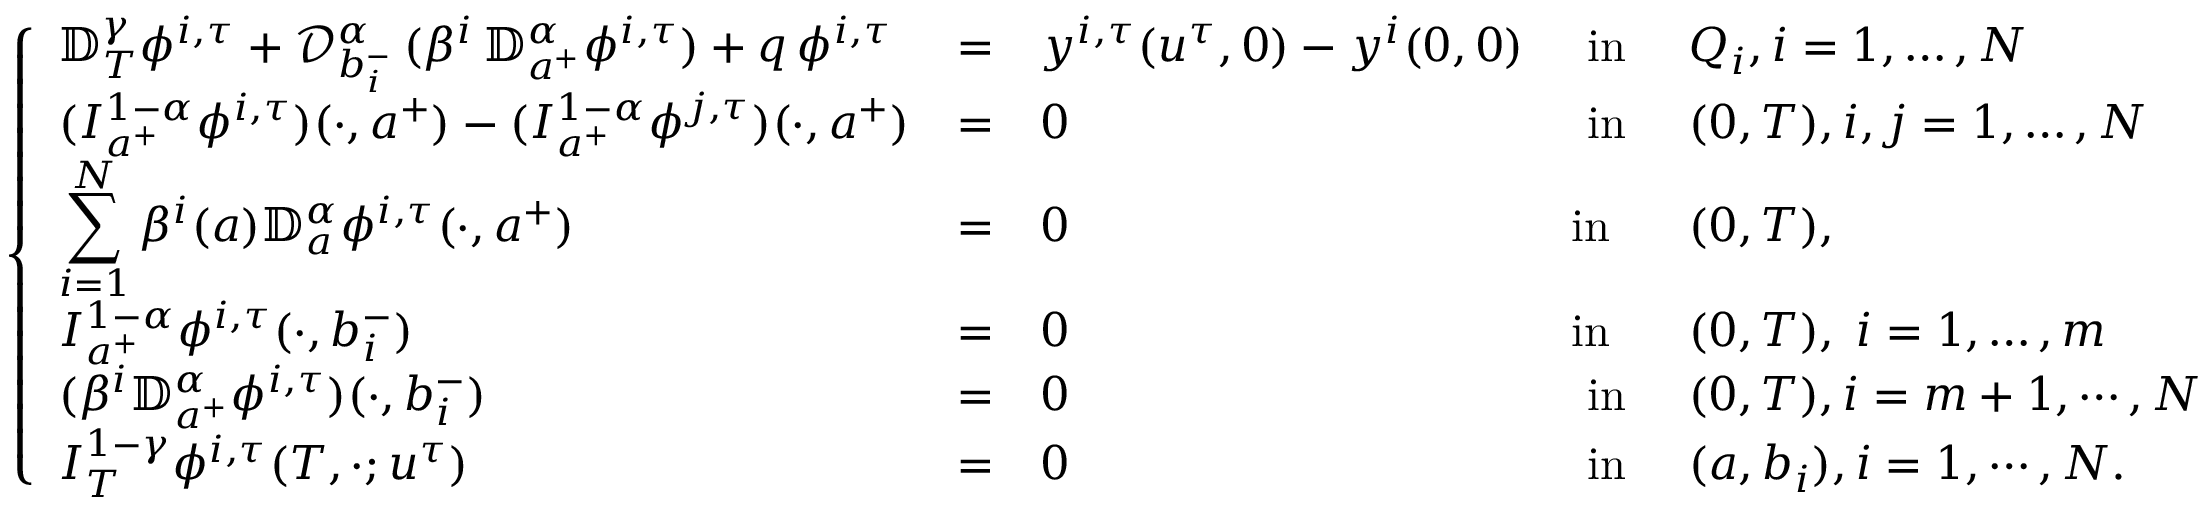
\displaystyle \left\{ \begin{array} { l l l l l l l l l } { \mathbb { D } _ { T } ^ { \gamma } \phi ^ { i , \tau } + \displaystyle { \mathcal D } _ { b _ { i } ^ { - } } ^ { \alpha } \, ( \beta ^ { i } \, { \mathbb D } _ { a ^ { + } } ^ { \alpha } \phi ^ { i , \tau } ) + q \, \phi ^ { i , \tau } } & { = } & { y ^ { i , \tau } ( u ^ { \tau } , 0 ) - y ^ { i } ( 0 , 0 ) } & { \mathrm { ~ i n ~ } } & { Q _ { i } , i = 1 , \dots , N } \\ { \displaystyle ( I _ { a ^ { + } } ^ { 1 - \alpha } \phi ^ { i , \tau } ) ( \cdot , a ^ { + } ) - ( I _ { a ^ { + } } ^ { 1 - \alpha } \phi ^ { j , \tau } ) ( \cdot , a ^ { + } ) } & { = } & { 0 } & { \mathrm { ~ i n ~ } } & { ( 0 , T ) , i , j = 1 , \dots , N } \\ { \displaystyle \sum _ { i = 1 } ^ { N } \beta ^ { i } ( a ) { \mathbb D } _ { a } ^ { \alpha } \phi ^ { i , \tau } ( \cdot , a ^ { + } ) } & { = } & { 0 } & { \mathrm { i n } } & { ( 0 , T ) , } \\ { I _ { a ^ { + } } ^ { 1 - \alpha } \phi ^ { i , \tau } ( \cdot , b _ { i } ^ { - } ) } & { = } & { 0 } & { \mathrm { i n } } & { ( 0 , T ) , \; i = 1 , \dots , m } \\ { \displaystyle ( \beta ^ { i } { \mathbb D } _ { a ^ { + } } ^ { \alpha } \phi ^ { i , \tau } ) ( \cdot , b _ { i } ^ { - } ) } & { = } & { 0 } & { \mathrm { ~ i n ~ } } & { ( 0 , T ) , i = m + 1 , \cdots , N } \\ { I _ { T } ^ { 1 - \gamma } \phi ^ { i , \tau } ( T , \cdot ; u ^ { \tau } ) } & { = } & { 0 } & { \mathrm { ~ i n ~ } } & { ( a , b _ { i } ) , i = 1 , \cdots , N . } \end{array} \right.